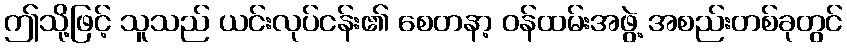
ဤသို့ဖြင့် သူသည် ယင်းလုပ်ငန်း၏ စေတနာ့ ဝန်ထမ်းအဖွဲ့ အစည်းတစ်ခုတွင်